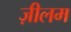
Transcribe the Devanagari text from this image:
ज़ीलम